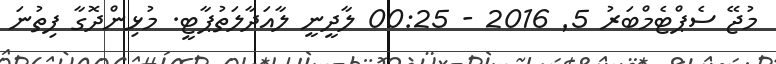
މުޖޭ ސެޕްޓެމްބަރު 5